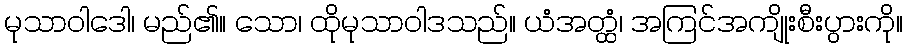
မုသာဝါဒေါ၊ မည်၏။ သော၊ ထိုမုသာဝါဒသည်။ ယံအတ္ထံ၊ အကြင်အကျိုးစီးပွားကို။